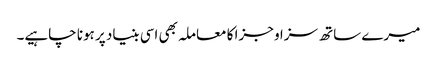
میرے ساتھ سزا و جزا کا معاملہ بھی اسی بنیاد پر ہونا چاہیے۔